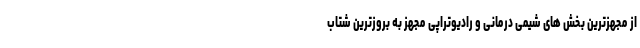
از مجهزترین بخش های شیمی درمانی و رادیوتراپی مجهز به بروزترین شتاب